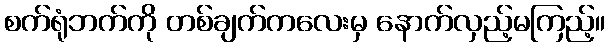
စက်ရုံဘက်ကို တစ်ချက်ကလေးမှ နောက်လှည့်မကြည့်။